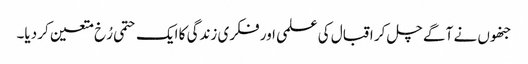
جنھوں نے آگے چل کر اقبال کی علمی اور فکری زندگی کا ایک حتمی رُخ متعین کر دیا۔